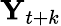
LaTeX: \mathbf{Y}_{t+k}